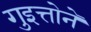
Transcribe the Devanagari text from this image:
गुइत्तोने